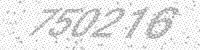
Solution: 750276